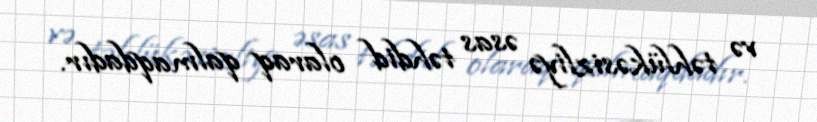
və təhlükəsizliyə əsas təhdid olaraq qalmaqdadır.